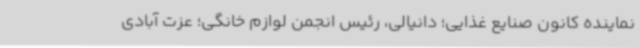
نماینده کانون صنایع غذایی؛ دانیالی، رئیس انجمن لوازم خانگی؛ عزت آبادی